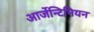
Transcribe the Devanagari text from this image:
आर्जेन्टिनियन